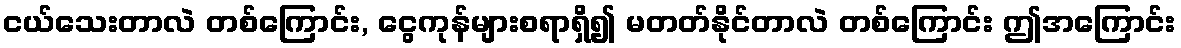
ငယ်သေးတာလဲ တစ်ကြောင်း, ငွေကုန်များစရာရှိ၍ မတတ်နိုင်တာလဲ တစ်ကြောင်း ဤအကြောင်း